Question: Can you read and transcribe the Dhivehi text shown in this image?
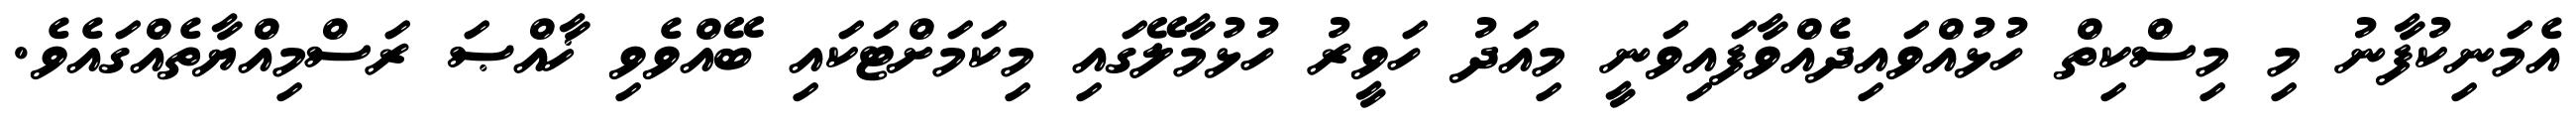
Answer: އެމަނިކުފާނު މި މިސްކިތް ހުޅުއްވައިދެއްވާފައިވަނީ މިއަދު ހަވީރު ހުޅުމާލޭގައި މިކަމަށްޓަކައި ބޭއްވެވި ޚާއްޞަ ރަސްމިއްޔާތެއްގައެވެ.